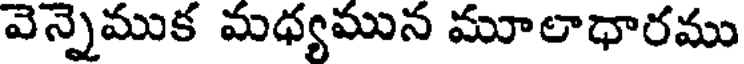
వెన్నెముక మధ్యమున మూలాధారము